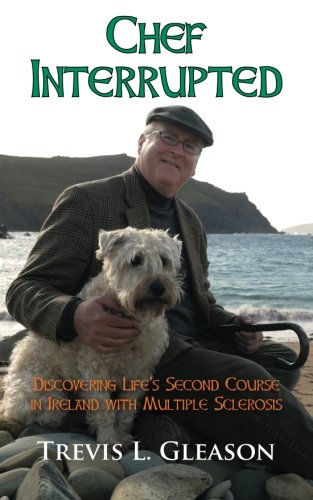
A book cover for Chef Interrupted: Discovering Life's Second Course in Ireland with Multiple Sclerosis; Trevis L. Gleason; Health, Fitness & Dieting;